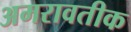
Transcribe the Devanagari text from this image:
अमरावतीक